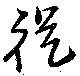
從